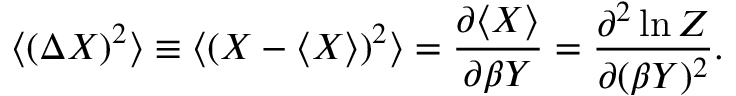
\langle ( \Delta X ) ^ { 2 } \rangle \equiv \langle ( X - \langle X \rangle ) ^ { 2 } \rangle = { \frac { \partial \langle X \rangle } { \partial \beta Y } } = { \frac { \partial ^ { 2 } \ln Z } { \partial ( \beta Y ) ^ { 2 } } } .